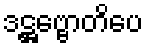
ဒဋ္ဌဗ္ဗောတိပေ